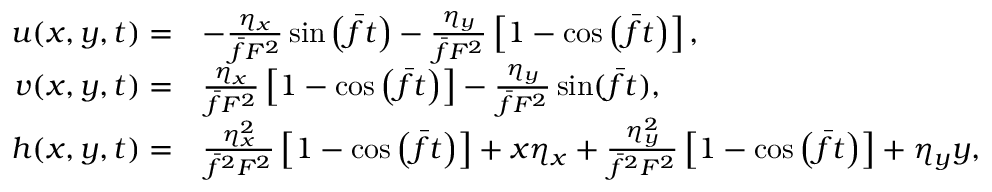
\begin{array} { r l } { u ( x , y , t ) = } & { - \frac { \eta _ { x } } { \bar { f } F ^ { 2 } } \sin \left( \bar { f } t \right) - \frac { \eta _ { y } } { \bar { f } F ^ { 2 } } \left[ 1 - \cos \left( \bar { f } t \right) \right] , } \\ { v ( x , y , t ) = } & { \frac { \eta _ { x } } { \bar { f } F ^ { 2 } } \left[ 1 - \cos \left( \bar { f } t \right) \right] - \frac { \eta _ { y } } { \bar { f } F ^ { 2 } } \sin ( \bar { f } t ) , } \\ { h ( x , y , t ) = } & { \frac { \eta _ { x } ^ { 2 } } { \bar { f } ^ { 2 } F ^ { 2 } } \left[ 1 - \cos \left( \bar { f } t \right) \right] + x \eta _ { x } + \frac { \eta _ { y } ^ { 2 } } { \bar { f } ^ { 2 } F ^ { 2 } } \left[ 1 - \cos \left( \bar { f } t \right) \right] + \eta _ { y } y , } \end{array}